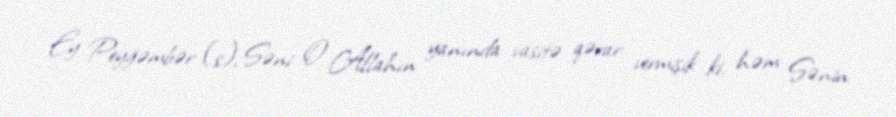
Ey Peyğəmbər (s), Səni O Allahın yanında vasitə qərar vermişik ki, həm Sənin